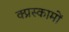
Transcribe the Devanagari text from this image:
क्प्रस्कामों